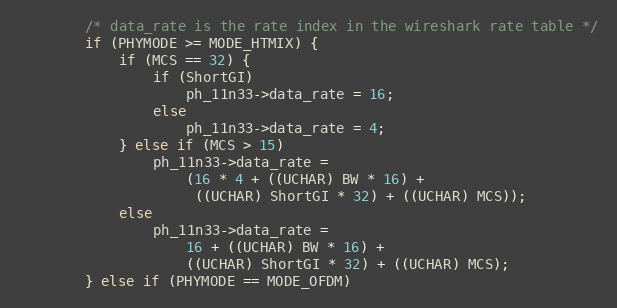
Language: C
		/* data_rate is the rate index in the wireshark rate table */
		if (PHYMODE >= MODE_HTMIX) {
			if (MCS == 32) {
				if (ShortGI)
					ph_11n33->data_rate = 16;
				else
					ph_11n33->data_rate = 4;
			} else if (MCS > 15)
				ph_11n33->data_rate =
				    (16 * 4 + ((UCHAR) BW * 16) +
				     ((UCHAR) ShortGI * 32) + ((UCHAR) MCS));
			else
				ph_11n33->data_rate =
				    16 + ((UCHAR) BW * 16) +
				    ((UCHAR) ShortGI * 32) + ((UCHAR) MCS);
		} else if (PHYMODE == MODE_OFDM)